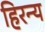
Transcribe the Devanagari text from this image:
हिरन्य